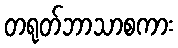
တရုတ်ဘာသာစကား